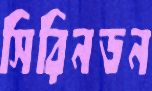
সিরিনডন